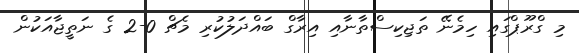
މި ގްރޫޕްގައި ހިމެނޭ ތަޖިކިސްތާނާއި އިރާގް ބައްދަލުކުރި މެޗް 0-2 ގެ ނަތީޖާއަކުން